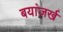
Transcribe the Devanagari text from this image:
बयांज़र्ख